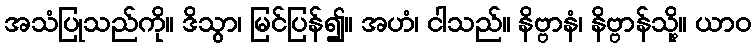
အသံပြုသည်ကို။ ဒိသွာ၊ မြင်ပြန်၍။ အဟံ၊ ငါသည်။ နိဗ္ဗာနံ၊ နိဗ္ဗာန်သို့။ ယာဝ